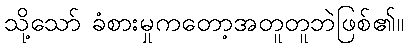
သို့သော် ခံစားမှုကတော့အတူတူဘဲဖြစ်၏။